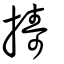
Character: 擣